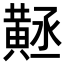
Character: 𪎻